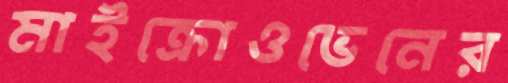
মাইক্রোওভেনের